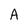
Character: A